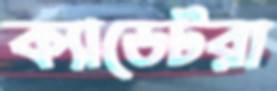
ক্যাডেটরা